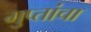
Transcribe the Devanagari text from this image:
गुप्तांचा